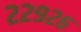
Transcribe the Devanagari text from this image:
२२९२६